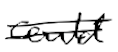
Text: could
Cross-out: double-line
Writing tool: digital_black